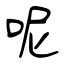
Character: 呢